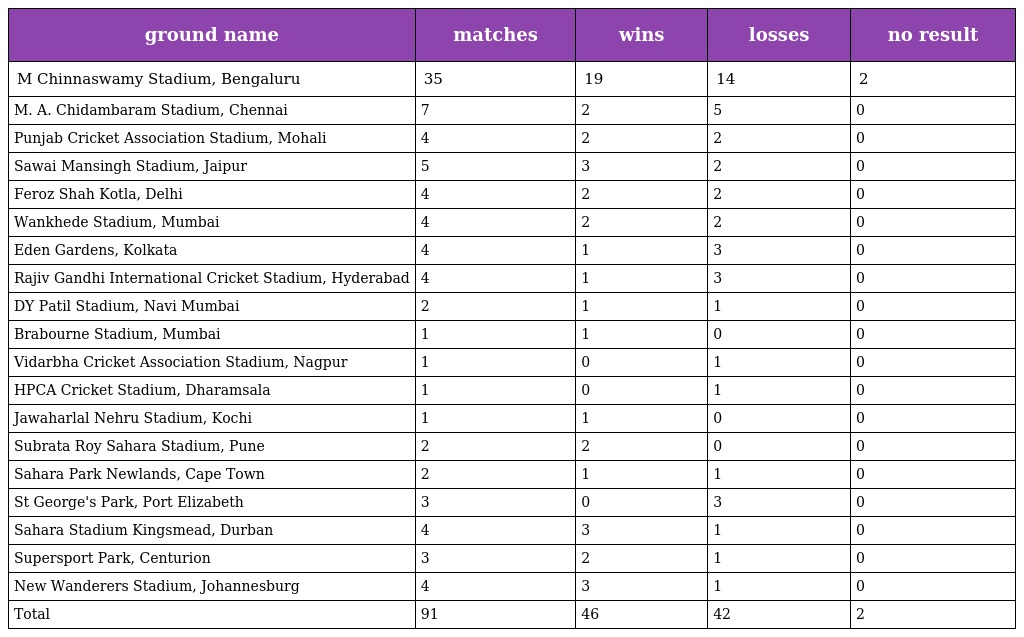
| ground name | matches | wins | losses | no result |
 | --- | --- | --- | --- | --- |
 | M Chinnaswamy Stadium, Bengaluru | 35 | 19 | 14 | 2 |
 | M. A. Chidambaram Stadium, Chennai | 7 | 2 | 5 | 0 |
 | Punjab Cricket Association Stadium, Mohali | 4 | 2 | 2 | 0 |
 | Sawai Mansingh Stadium, Jaipur | 5 | 3 | 2 | 0 |
 | Feroz Shah Kotla, Delhi | 4 | 2 | 2 | 0 |
 | Wankhede Stadium, Mumbai | 4 | 2 | 2 | 0 |
 | Eden Gardens, Kolkata | 4 | 1 | 3 | 0 |
 | Rajiv Gandhi International Cricket Stadium, Hyderabad | 4 | 1 | 3 | 0 |
 | DY Patil Stadium, Navi Mumbai | 2 | 1 | 1 | 0 |
 | Brabourne Stadium, Mumbai | 1 | 1 | 0 | 0 |
 | Vidarbha Cricket Association Stadium, Nagpur | 1 | 0 | 1 | 0 |
 | HPCA Cricket Stadium, Dharamsala | 1 | 0 | 1 | 0 |
 | Jawaharlal Nehru Stadium, Kochi | 1 | 1 | 0 | 0 |
 | Subrata Roy Sahara Stadium, Pune | 2 | 2 | 0 | 0 |
 | Sahara Park Newlands, Cape Town | 2 | 1 | 1 | 0 |
 | St George's Park, Port Elizabeth | 3 | 0 | 3 | 0 |
 | Sahara Stadium Kingsmead, Durban | 4 | 3 | 1 | 0 |
 | Supersport Park, Centurion | 3 | 2 | 1 | 0 |
 | New Wanderers Stadium, Johannesburg | 4 | 3 | 1 | 0 |
 | Total | 91 | 46 | 42 | 2 |